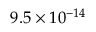
9 . 5 \times 1 0 ^ { - 1 4 }